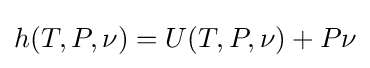
h(T,P,\nu )=U(T,P,\nu )+P\nu